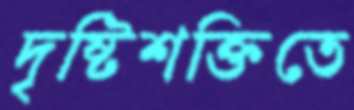
দৃষ্টিশক্তিতে